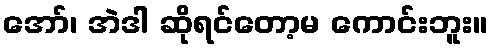
အော်၊ အဲဒါ ဆိုရင်တော့မ ကောင်းဘူး။